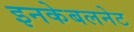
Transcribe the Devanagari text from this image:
इनकेबलनेट